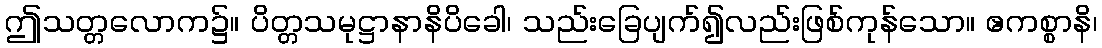
ဤသတ္တလောက၌။ ပိတ္တသမုဋ္ဌာနာနိပိခေါ၊ သည်းခြေပျက်၍လည်းဖြစ်ကုန်သော။ ဧကစ္စာနိ၊